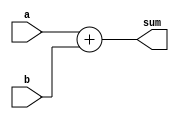
module adder16(a,b,sum);

input [15:0] a,b;
output [15:0] sum;
wire [15:0] sum;

assign sum = a + b;

endmodule